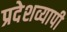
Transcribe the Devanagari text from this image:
प्रदेशव्यापी